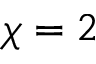
\chi = 2